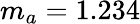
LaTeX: m_{a}=1.234